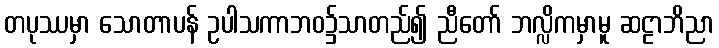
တပုဿမှာ သောတာပန် ဥပါသကာဘဝ၌သာတည်၍ ညီတော် ဘလ္လိကမှာမူ ဆဠာဘိညာ